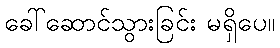
ခေါ်ဆောင်သွားခြင်း မရှိပေ။